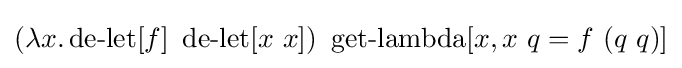
(\lambda x.\operatorname {de-let} [f]\ \operatorname {de-let} [x\ x])\ \operatorname {get-lambda} [x,x\ q=f\ (q\ q)]